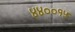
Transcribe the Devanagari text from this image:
४४००१५